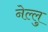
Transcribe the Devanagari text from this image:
नेल्लु